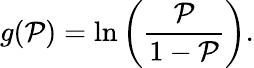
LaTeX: g(\mathcal{P})=\ln\left({\frac{{\mathcal{P}}}{{1-\mathcal{P}}}}\right).